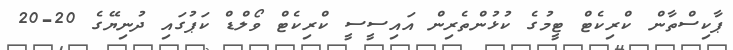
ޕާކިސްތާން ކްރިކެޓް ޓީމުގެ ކުޅުންތެރިން އައިސީސީ ކްރިކެޓް ވޯލްޑް ކަޕުގައި ދުނިޔޭގެ 20-20